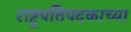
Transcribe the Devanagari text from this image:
राष्ट्रपतिपदकाच्या